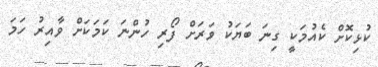
ކުޅިކޮށް ކެއުމަކީ ގިނަ ބަޔަކު ވަރަށް ފޯރި ހުންނަ ކަމަކަށް ވާއިރު ހަމަ